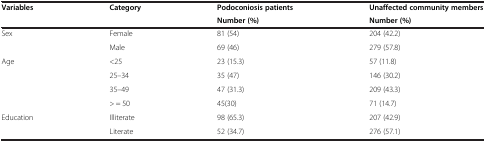
| Variables | Category | Podoconiosis patients | Unaffected community members |
 |  |  | Number (%) | Number (%) |
 | --- | --- | --- | --- |
 | Sex | Female | 81 (54) | 204 (42.2) |
 |  | Male | 69 (46) | 279 (57.8) |
 | Age | <25 | 23 (15.3) | 57 (11.8) |
 |  | 25–34 | 35 (47) | 146 (30.2) |
 |  | 35–49 | 47 (31.3) | 209 (43.3) |
 |  | > = 50 | 45(30) | 71 (14.7) |
 | Education | Illiterate | 98 (65.3) | 207 (42.9) |
 |  | Literate | 52 (34.7) | 276 (57.1) |